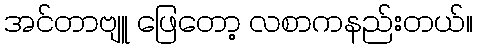
အင်တာဗျူ ဖြေတော့ လစာကနည်းတယ်။